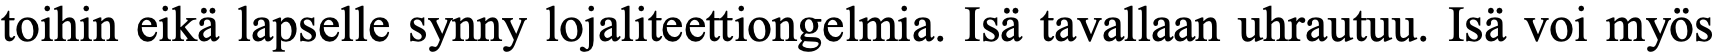
toihin eikä lapselle synny lojaliteettiongelmia. Isä tavallaan uhrautuu. Isä voi myös